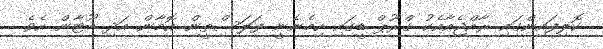
ކޮލިފައިންގައި ރާއްޖެއާއެކު ގްރޫޕް ޑީގައި ހިމެނެނީ ފަލަސްތީން އޮމާން އަދި ބޫޓާން އެވެ.